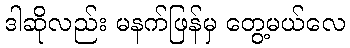
ဒါဆိုလည်း မနက်ဖြန်မှ တွေ့မယ်လေ